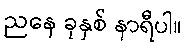
ညနေ ခုနှစ် နာရီပါ။